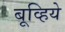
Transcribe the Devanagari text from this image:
बूव्हिये